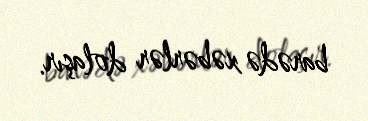
barədə xəbərlər dolaşır.